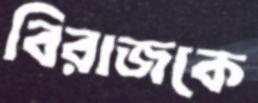
বিরাজকে